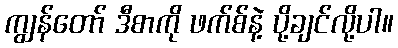
ကျွန်တော် ဒီစာကို ဖက်စ်နဲ့ ပို့ချင်လို့ပါ။